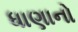
ધાણાનો